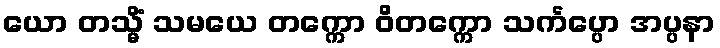
ယော တသ္မိံ သမယေ တက္ကော ဝိတက္ကော သင်္ကပ္ပော အပ္ပနာ